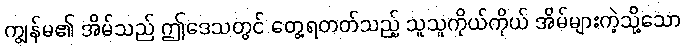
ကျွန်မ၏ အိမ်သည် ဤဒေသတွင် တွေ့ရတတ်သည့် သူသူကိုယ်ကိုယ် အိမ်များကဲ့သို့သော